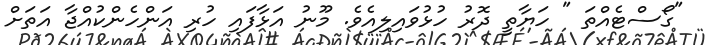
"ގޯސްޓެއްތަ " ހަޔާތީ ދޮރު ހުޅުވައިލިއެވެ. މޫނު އަޅާފައި ހުރި އަންހެންކުއްޖާ އަތަށް